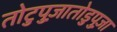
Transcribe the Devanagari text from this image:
तोटुपुज़ातोडुपुज़ा